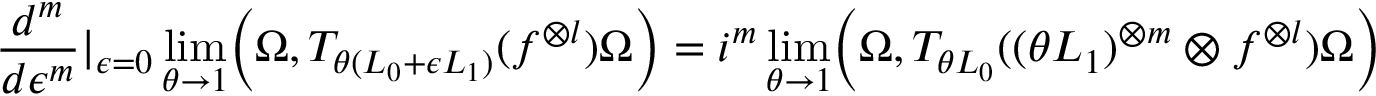
\frac { d ^ { m } } { d \epsilon ^ { m } } \vert _ { \epsilon = 0 } \operatorname * { l i m } _ { \theta \to 1 } \Bigl ( \Omega , T _ { \theta ( { \cal L } _ { 0 } + \epsilon { \cal L } _ { 1 } ) } ( f ^ { \otimes l } ) \Omega \Bigr ) = i ^ { m } \operatorname * { l i m } _ { \theta \to 1 } \Bigl ( \Omega , T _ { \theta { \cal L } _ { 0 } } ( ( \theta { \cal L } _ { 1 } ) ^ { \otimes m } \otimes f ^ { \otimes l } ) \Omega \Bigr )